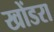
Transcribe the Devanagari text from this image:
खोंडरा